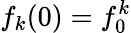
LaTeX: f_{k}(0)=f_{0}^{k}